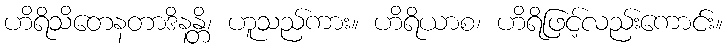
ဟိရိသိတေနတာဒိနန္တိ၊ ဟူသည်ကား။ ဟိရိယာစ၊ ဟိရိဖြင့်လည်းကောင်း။